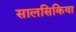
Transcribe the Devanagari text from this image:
सालसिकिया